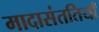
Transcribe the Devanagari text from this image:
मादासंततियाँ